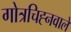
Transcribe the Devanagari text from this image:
गोत्रचिह्नवाले